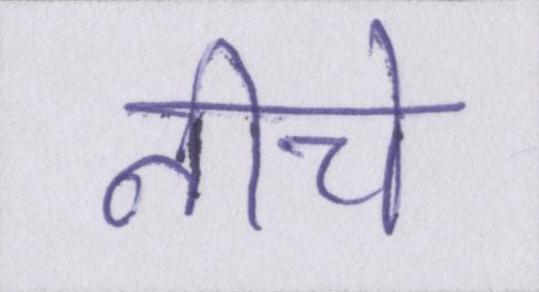
नीचे